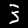
Digit: 3